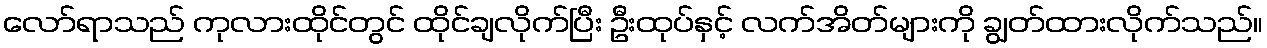
လော်ရာသည် ကုလားထိုင်တွင် ထိုင်ချလိုက်ပြီး ဦးထုပ်နှင့် လက်အိတ်များကို ချွတ်ထားလိုက်သည်။